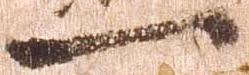
一